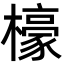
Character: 檺